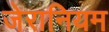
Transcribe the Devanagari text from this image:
जेरानियम